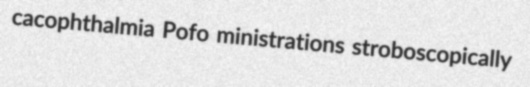
cacophthalmia Pofo ministrations stroboscopically